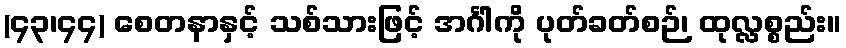
(၄၃၊၄၄) စေတနာနှင့် သစ်သားဖြင့် အင်္ဂါကို ပုတ်ခတ်စဉ်၊ ထုလ္လစ္စည်း။